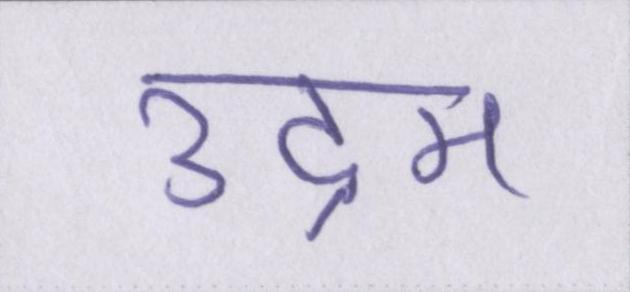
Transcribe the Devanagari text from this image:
उद्गम